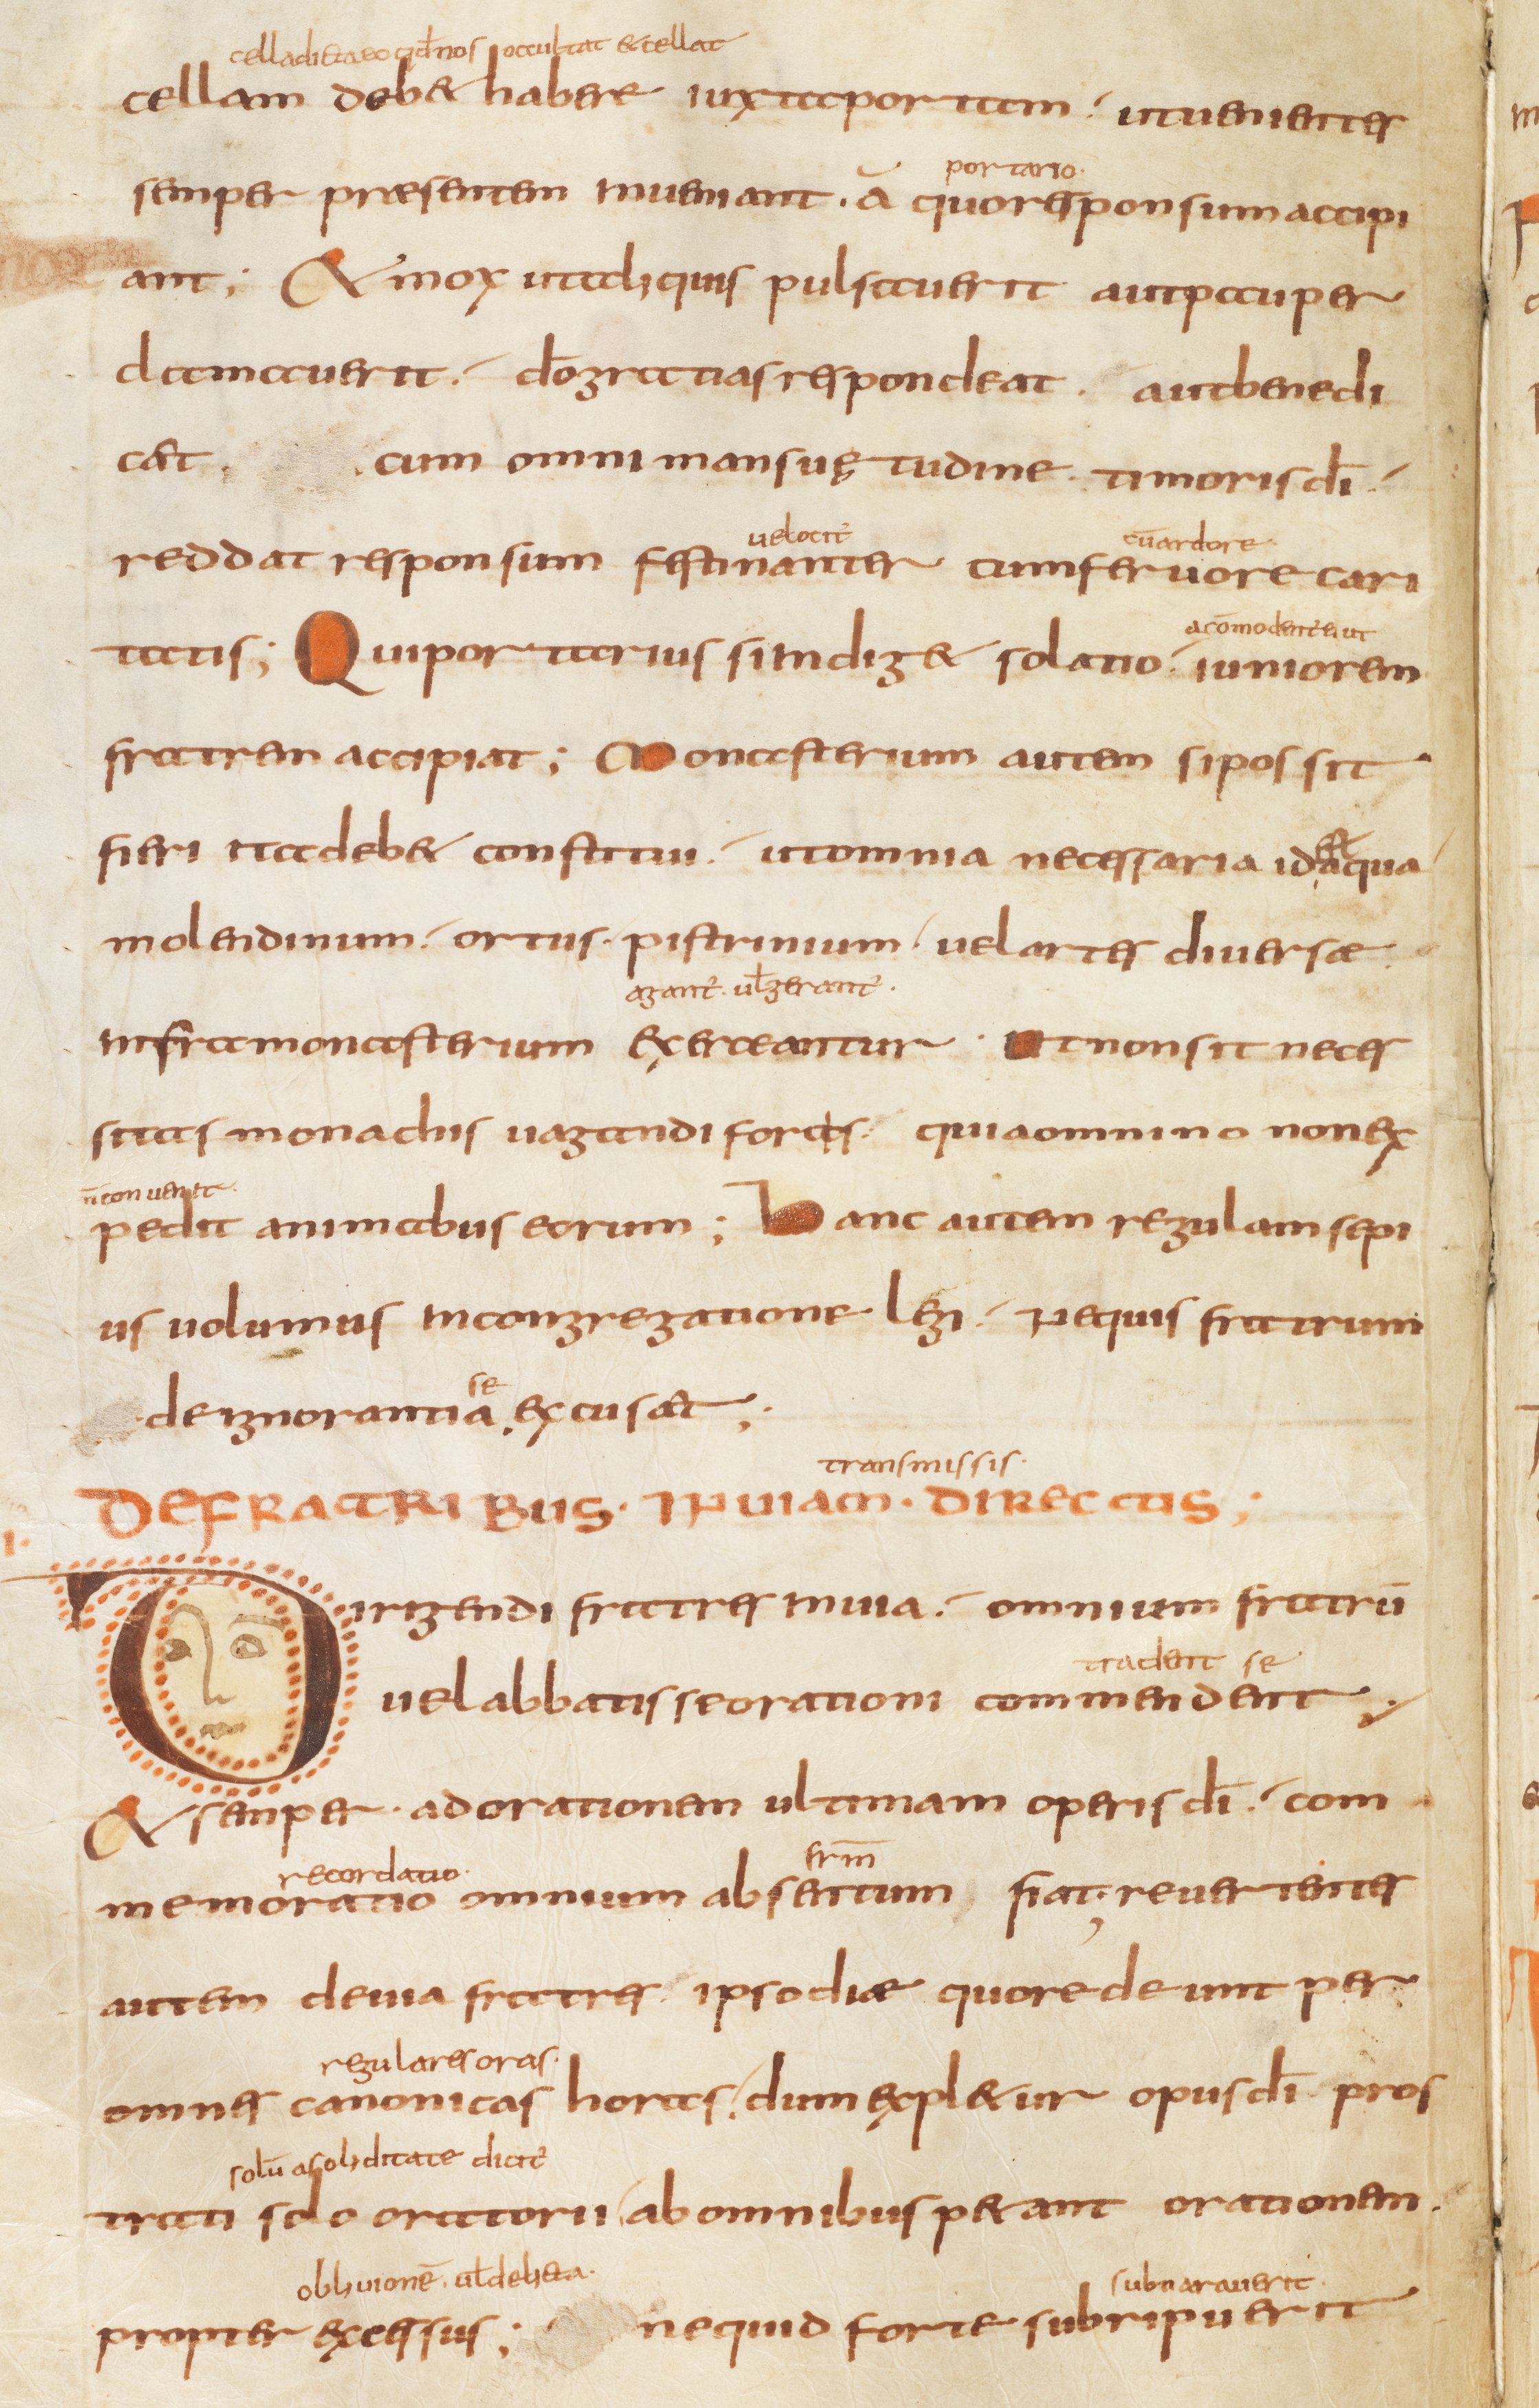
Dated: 800–849